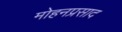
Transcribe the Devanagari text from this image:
मोहनप्रसाद